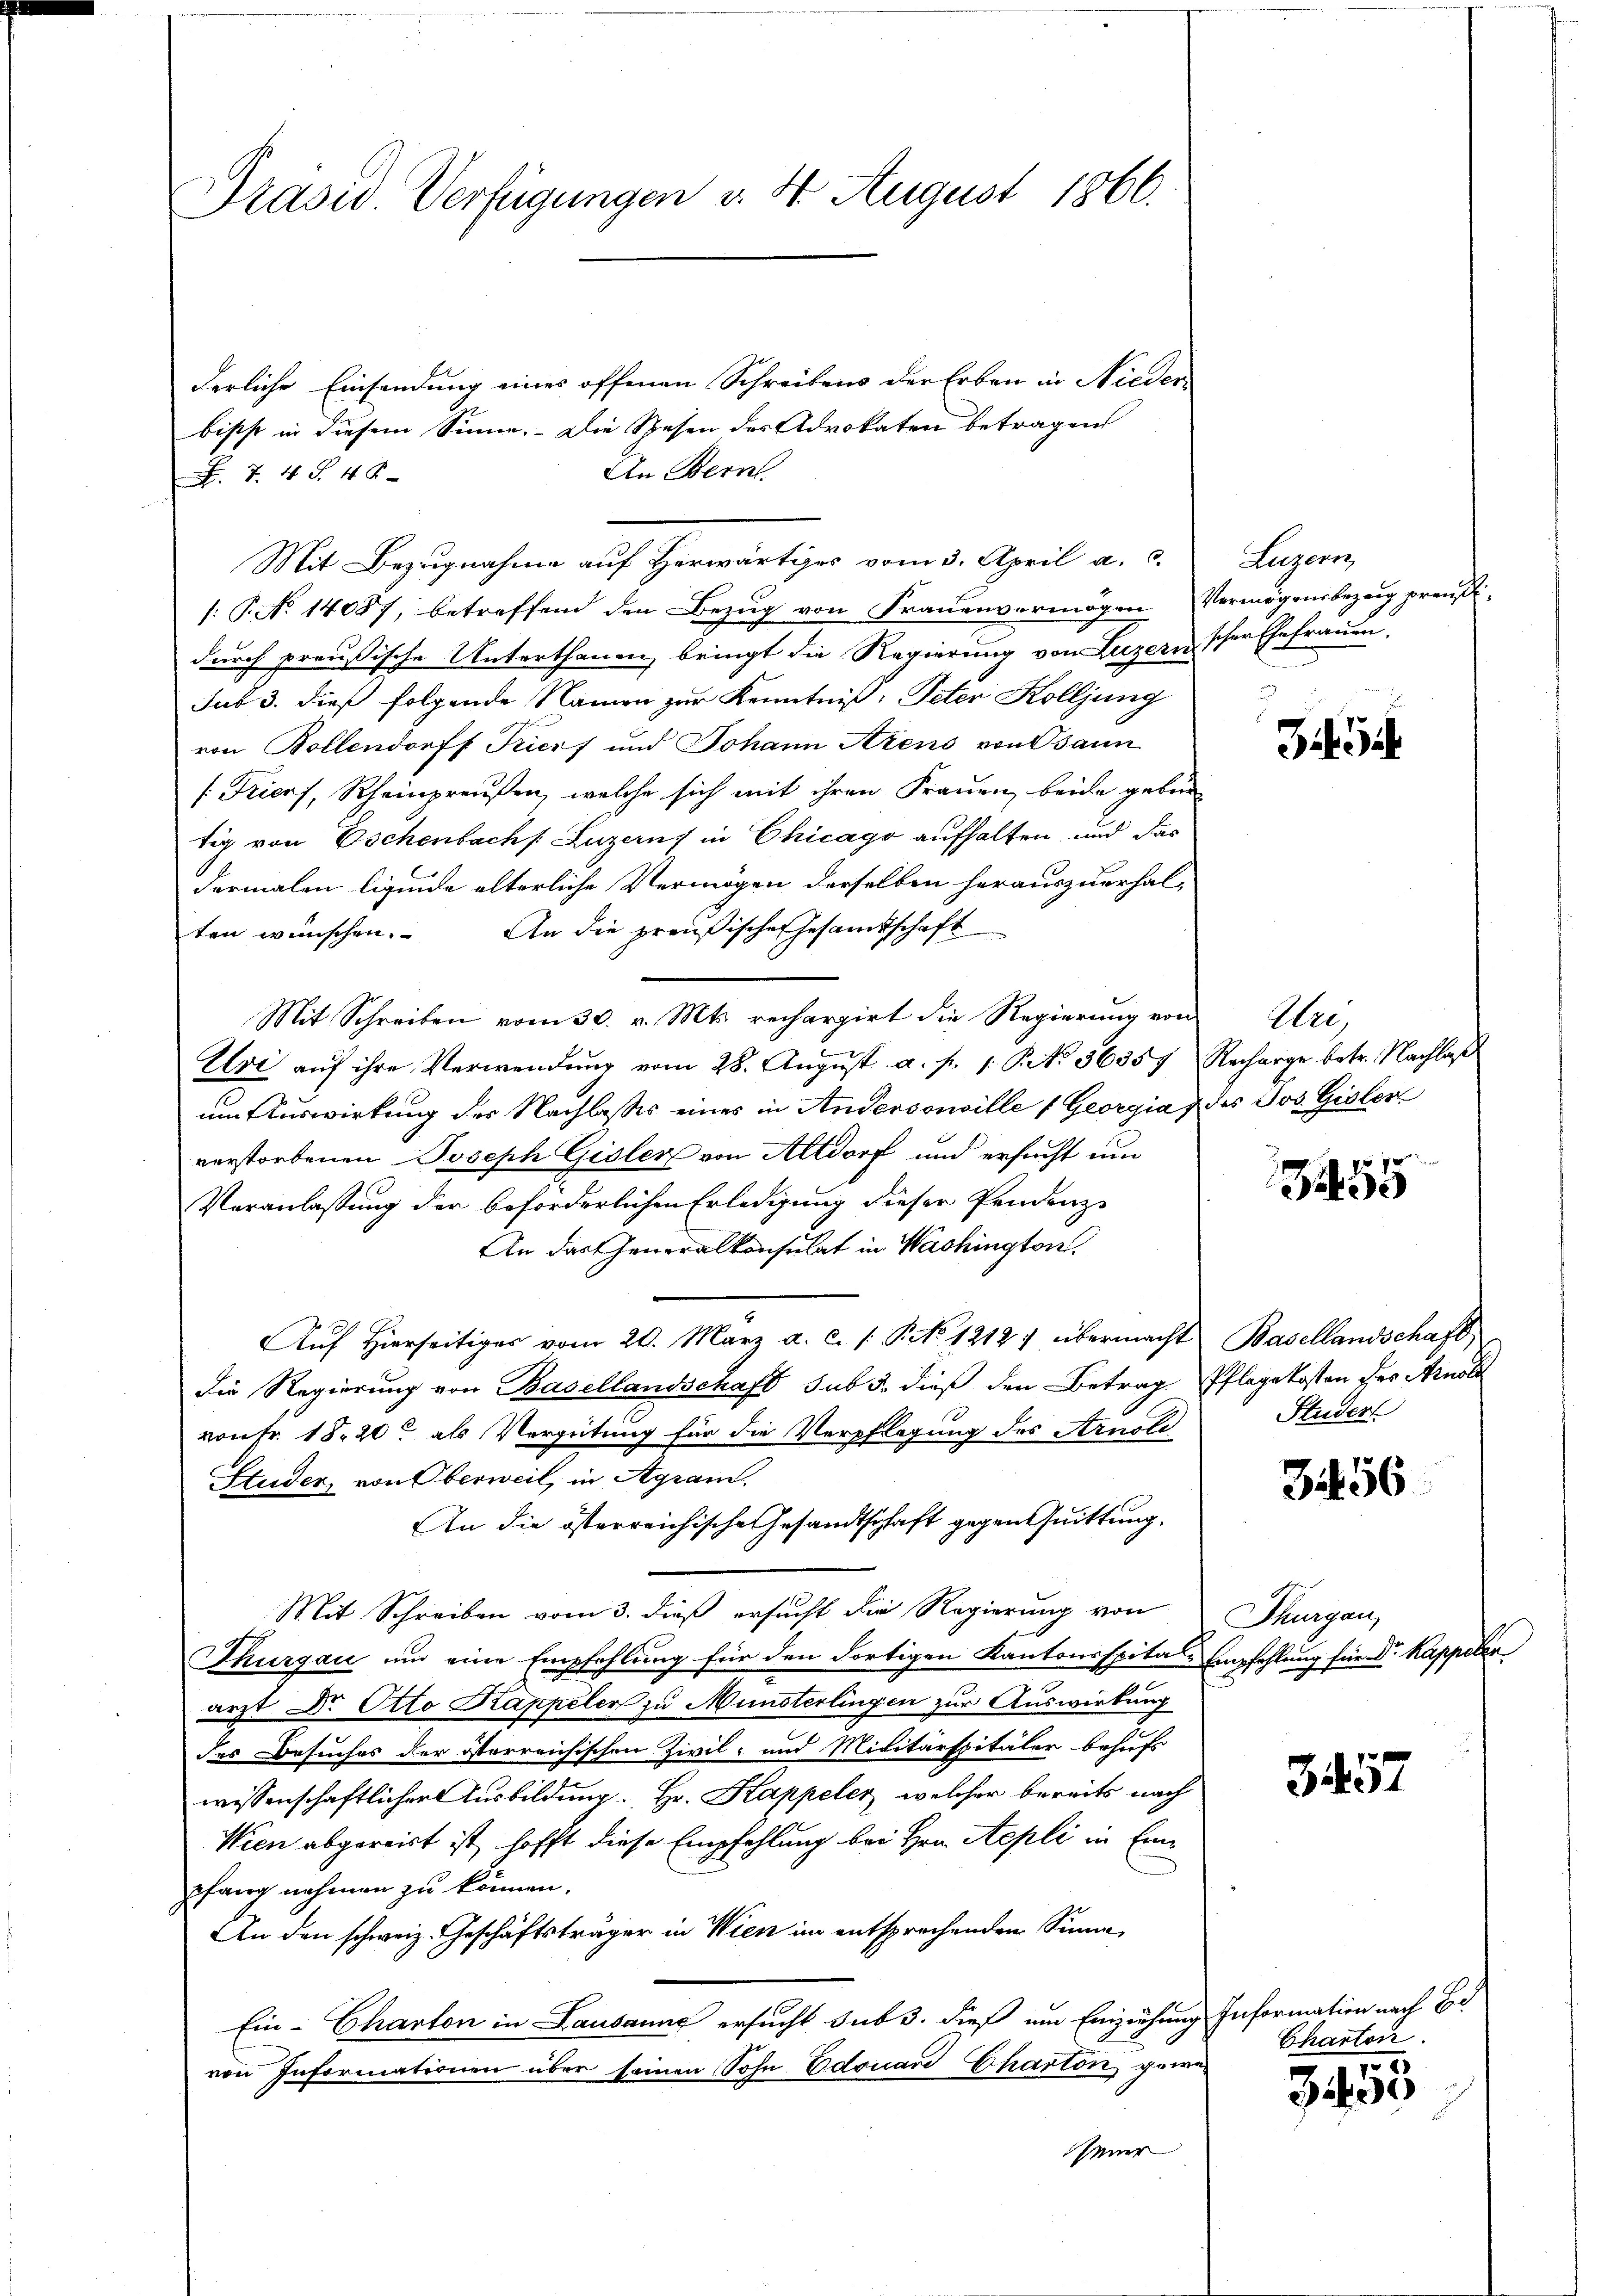
Präsid. Verfügungen v. 4. August 1866.

derliche Einsendung eines offenen Schreibens der Erben in Nieder-
bischt in diesem Sinne. Die Spesen des Advokaten betragen
An Bern
74 S. 48
/: P. No 14087, betreffend den Bezŭg von Fraŭenvermögen Vermögensbezeig preuß
durch preußische Unterthanen bringt die Regierung von Luzern schen Ehefrauen.
sub 3. dieß folgende Namen zur Kenntniß: Peter Kolljung
von Bollendorff Trierf und Johann Arens von Bann
[Tricof, Rheinpreußen, welche sich mit ihren Frauen, beide gebürtig von Eschenbach Luzerns in Chicago aufhalten und das
dermalen ligende alterliche Vermögen derselben herauszuerhal¬
An die preußische Gesamtschaft
ten wünschen.
Mit Schreiben vom 30. v. Mts. rechargirt die Regierung von Uri,
Uvi auf ihre Verwendung vom 28. August a. f. 1: P. No. 56357 Recharge betr. Nachlaß
um Auswirkung des Nachlasses eines in Andersonville Georgia 7 des Jos. Gisler
verstorbenen Joseph Gisler von Altdorf und ersucht um
Veranlassung der beforderlichen Erledigung dieser Pendenz-
An das Generalkonsulat in Washington
Aŭf Hierseitiges vom 20. März a. c. s. Pito 1212. übermacht Basellandschaft
Die Regierung von Basellandschaft sub 5. dieß den Betrag Pflegekosten der Arnol
von Fr. 18. 20. als Vergütung für die Verpflegung des Arnole
Etuder, von Oberweil, in Agram.
An die österreichische Gesandtschaft gegen Quittung,
Mit Schreiben vom 3. dieß ersucht die Regierung von
Thurgau und eine Empfehlung für den dortigen Kantonsspital-Empfehlung für Dr. Kappeler
arzt Dr. Otto Kappeler zu Münsterlingen zur Auswirkung
des Besuches der österreichischen Zivil- und Militärspitäler behufs
wissenschaftlicher Ausbildung Hr. Kappeler, welcher bereits nach
Wien abgereist ist, hofft diese Empfehlung bei Hrn. Aepli in Einpfang nehmen zu können.
An den schweiz. Geschäftsträger in Wien im entsprechenden Sinne,
Ein- Charten in Lausanne ersucht sub 3. dieß um Einziehung Information nach Bd
von Informationen über seinen Sohn Edouard Charton gewe
Steuer

Mit Bezugnahme auf Herwärtiges vom 3. April a. c.

Luzern

Zif. i

5

Studer

Zif. 56.

Thurgau,

357

Charton
10

3400